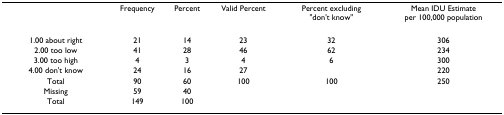
|  | Frequency | Percent | Valid Percent | Percent excluding "don't know" | Mean IDU Estimate per 100,000 population |
 | --- | --- | --- | --- | --- | --- |
 | 1.00 about right | 21 | 14 | 23 | 32 | 306 |
 | 2.00 too low | 41 | 28 | 46 | 62 | 234 |
 | 3.00 too high | 4 | 3 | 4 | 6 | 300 |
 | 4.00 don't know | 24 | 16 | 27 |  | 220 |
 | Total | 90 | 60 | 100 | 100 | 250 |
 | Missing | 59 | 40 |  |  |  |
 | Total | 149 | 100 |  |  |  |